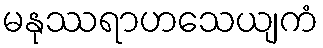
မနုဿရာဟသေယျကံ